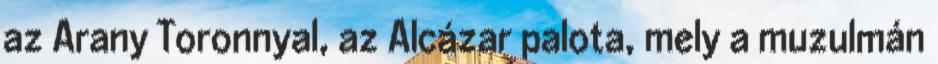
az Arany Toronnyal, az Alcázar palota, mely a muzulmán